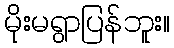
မိုးမရွာပြန်ဘူး။